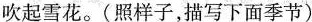
吹起雪花。（照样子，描写下面季节）